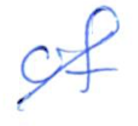
Text: of
Cross-out: mix
Writing tool: ballpoint